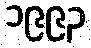
၁၉၉၃